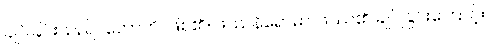
ချုပ်ခြင်းသည်။ ဟောတိ၊ ဖြစ်၏။ ဖဿနိရောဓာ၊ ဖဿ၏ ချုပ်ခြင်းကြောင့်။